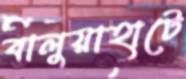
বালুয়াহাটে